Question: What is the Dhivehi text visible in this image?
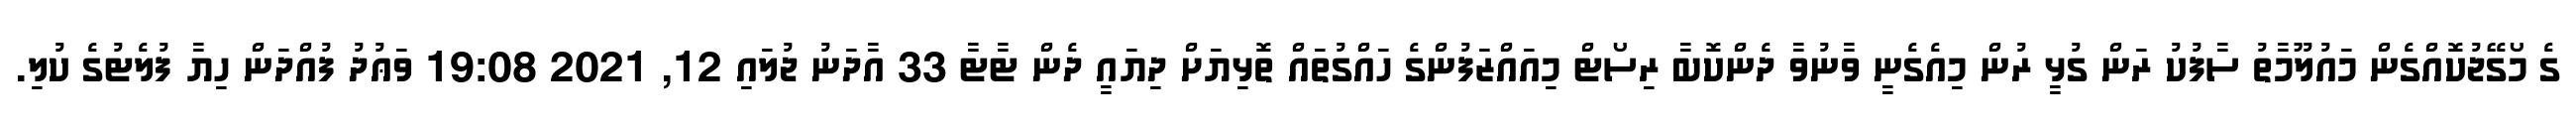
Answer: ގެ މޯގޭޖުކޮއްގެން މައުލޫމާތު ސާފުކު ރަން ގުޅީ ރުން މިއެގެނީ ވާނުވާ ދެންކޮބާ ރިސޯޓް މިއައްޒަފުންގެ ހައްގުތައް ތޮޅިޔަށް ދިޔައީ ދެން ޓާޓާ 33 އާދަނު ޖުލައި 12, 2021 19:08 ވަޢުދު ފުއްދަން ހިޔާ ފުލެޓުގެ ކުލި.